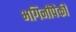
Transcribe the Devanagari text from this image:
भगिनींपैकी